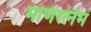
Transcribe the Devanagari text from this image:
मणिरत्‍नम